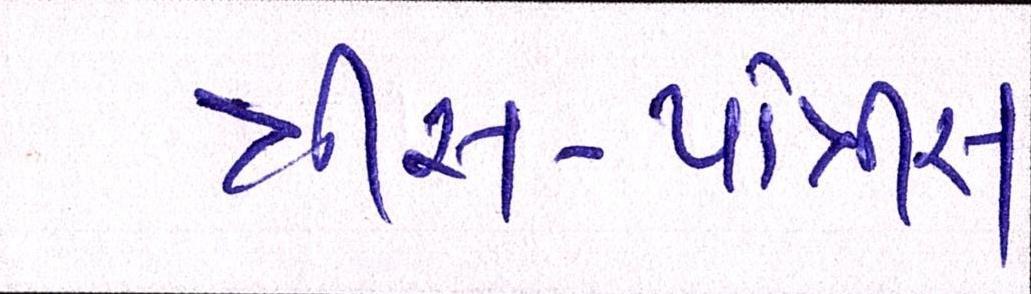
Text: ત્રીસ-પાંત્રીસ